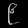
Digit: ၉